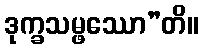
ဒုက္ခသမ္ဖဿော”တိ။